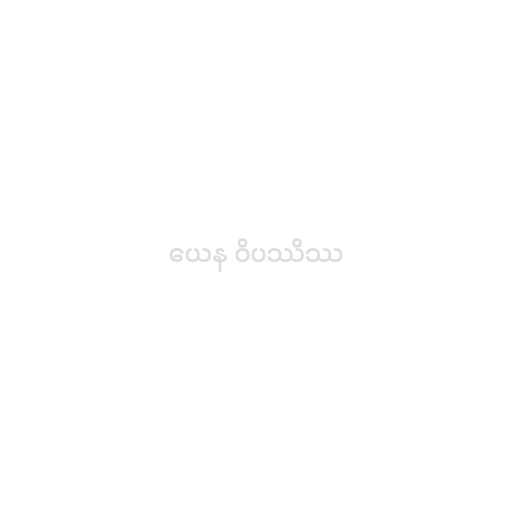
ယေန ဝိပဿိဿ